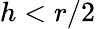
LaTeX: h<r/2